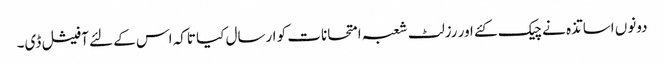
دونوں اساتذہ نے چیک کئے اور رزلٹ شعبہ امتحانات کو ارسال کیا تاکہ اس کے لئے آفیشل ڈی۔